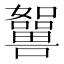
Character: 𡄲